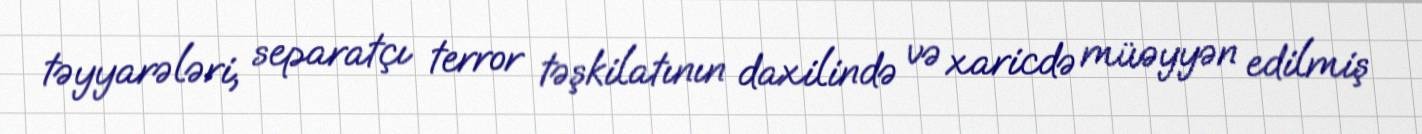
təyyarələri, separatçı terror təşkilatının daxilində və xaricdə müəyyən edilmiş